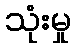
သုံးမှု